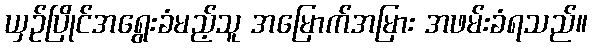
ယှဉ်ပြိုင်အရွေးခံမည့်သူ အမြောက်အမြား အဖမ်းခံရသည်။